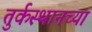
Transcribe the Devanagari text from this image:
तुर्कस्थानच्या